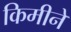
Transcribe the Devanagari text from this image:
किमीने